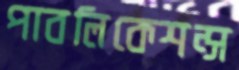
পাবলিকেশন্স